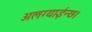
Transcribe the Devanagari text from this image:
अलग्याईन्छ।